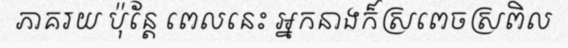
ភាគរយ ប៉ុន្តែ ពេលនេះ អ្នកនាងក៏ស្រពេចស្រពិល